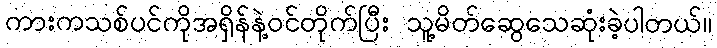
ကားကသစ်ပင်ကိုအရှိန်နဲ့ဝင်တိုက်ပြီး သူ့မိတ်ဆွေသေဆုံးခဲ့ပါတယ်။